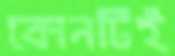
কোনটিই